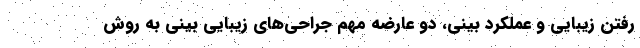
رفتن زیبایی و عملکرد بینی، دو عارضه مهم جراحی‌های زیبایی بینی به روش